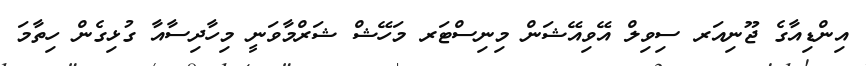
އިންޑިއާގެ ޖޫނިއަރ ސިވިލް އޭވިއޭޝަން މިނިސްޓަރ މަހޭޝް ޝަރްމާވަނީ މިހާދިސާއާ ގުޅިގެން ހިތާމަ